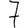
Digit: 7